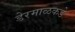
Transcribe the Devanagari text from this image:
डेरमाळकडे